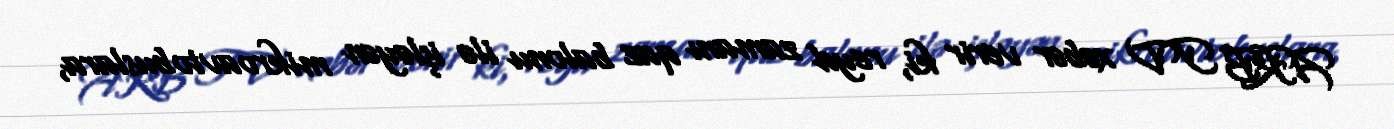
ARB TV xəbər verir ki, reyd zamanı qaz balonu ilə işləyən mikroavtobuslara,